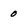
Character: 0